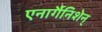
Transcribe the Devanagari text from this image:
एनार्गैनिशेन्